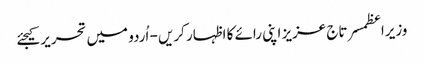
وزیراعظمسرتاج عزیز اپنی رائے کا اظہار کریں - اُردو میں تحریر کیجئے